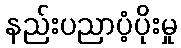
နည်းပညာပံ့ပိုးမှု